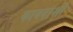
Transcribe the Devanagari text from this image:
कायदाशी